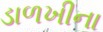
ડાળખીના